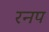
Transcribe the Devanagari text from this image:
रनप